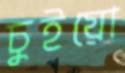
চুইয়ো